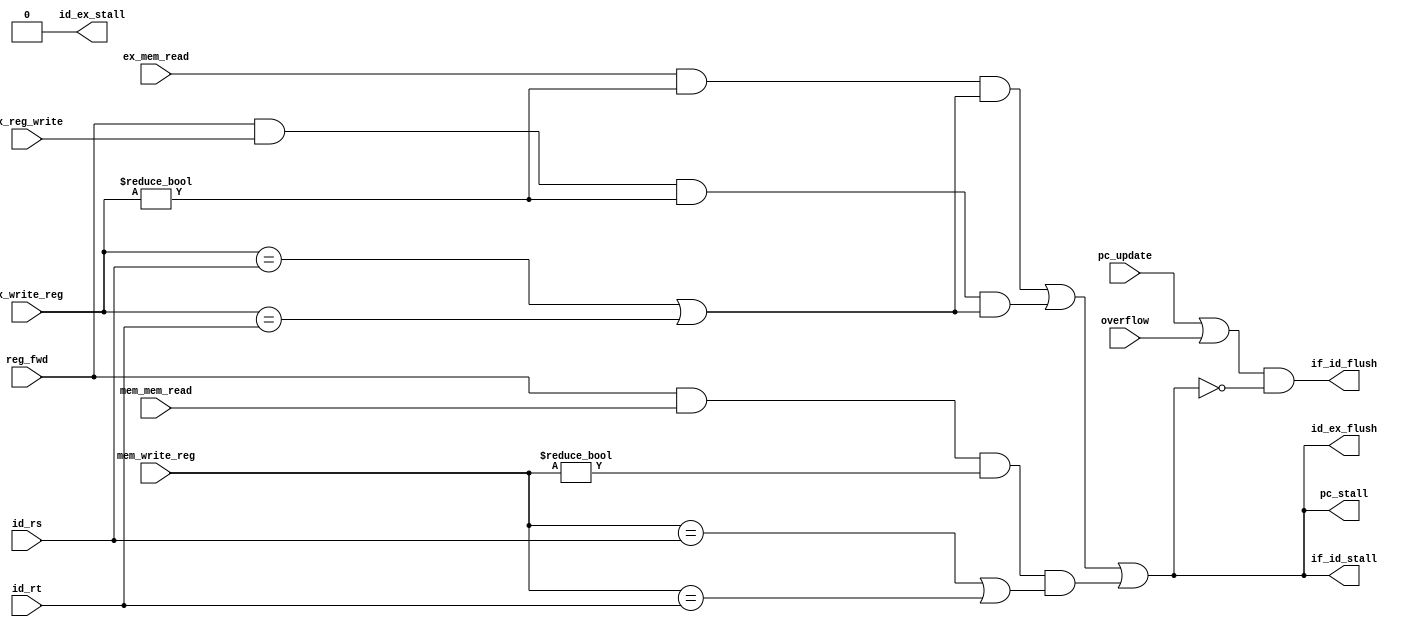
module hazard_detection (ex_mem_read, ex_reg_write, mem_mem_read, ex_write_reg, mem_write_reg,
                         id_rs, id_rt, reg_fwd, pc_update, overflow,
                         pc_stall, if_id_stall, if_id_flush, id_ex_stall, id_ex_flush);

   input [4:0] ex_write_reg, mem_write_reg, id_rs, id_rt;
   input ex_mem_read, ex_reg_write, mem_mem_read, reg_fwd, pc_update, overflow;
   output pc_stall, if_id_stall, if_id_flush, id_ex_stall, id_ex_flush;

   wire load_hazard = ex_mem_read && (ex_write_reg != 0) &&
                      ((ex_write_reg == id_rs) || (ex_write_reg == id_rt));
   wire ex_reg_hazard = reg_fwd && ex_reg_write && (ex_write_reg != 0) &&
                        ((ex_write_reg == id_rs) || (ex_write_reg == id_rt));
   wire mem_reg_hazard = reg_fwd && mem_mem_read && (mem_write_reg != 0) &&
                         ((mem_write_reg == id_rs) || (mem_write_reg == id_rt));

   wire data_hazard = load_hazard || ex_reg_hazard || mem_reg_hazard;
   wire control_hazard = pc_update || overflow;

   assign pc_stall = data_hazard;
   assign if_id_stall = data_hazard;
   assign if_id_flush = control_hazard && !data_hazard;
   assign id_ex_stall = 0;
   assign id_ex_flush = data_hazard;

endmodule